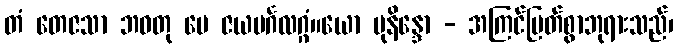
တံ တေဇသာ ဘဝတု မေ ဇယမင်္ဂလဂ္ဂံ။ယော မုနိန္ဒော - အကြင်မြတ်စွာဘုရားသည်၊